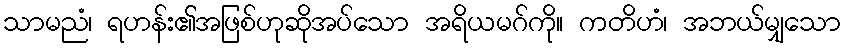
သာမညံ၊ ရဟန်း၏အဖြစ်ဟုဆိုအပ်သော အရိယမဂ်ကို။ ကတိဟံ၊ အဘယ်မျှသော